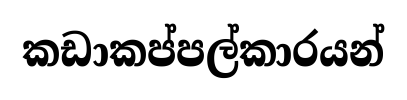
කඩාකප්පල්කාරයන්